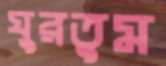
ঘুরতুম